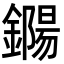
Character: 鐊